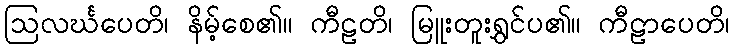
ဩလင်္ဃပေတိ၊ နိမ့်စေ၏။ ကီဠတိ၊ မြူးတူးရွှင်ပ၏။ ကီဠာပေတိ၊